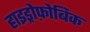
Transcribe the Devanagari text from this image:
हाइड्रोफ़ोबिक